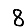
Digit: 8